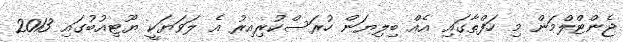
ޖެންޓްލްމަން މި ހަފްތާގައި އެއް ބިލިޔަން ހުރަސްކުރިއިރު އެ ލަވަޔަކީ ޔޫޓިއުބުގައި 2013